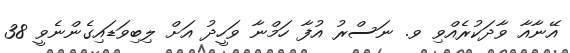
އޭނާއާ ވާދަކުރެއްވި ވ. ނަސްރު އުފާ ހަމްނާ ވަހީދު އަށް ލިބިވަޑައިގެންނެވީ 38